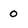
Character: 0